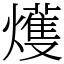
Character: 𤐰